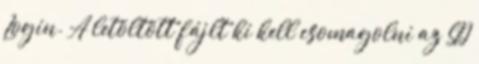
Login. A letöltött fájlt ki kell csomagolni az SD